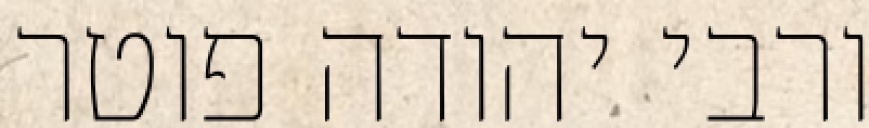
ורבי יהודה פוטר